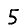
Digit: 5